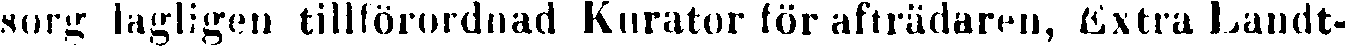
sorg lagligen tillförordnad Kurator för afträdaren, Extra Landt-